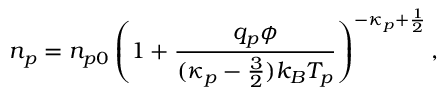
n _ { p } = n _ { p 0 } \left( 1 + \frac { q _ { p } \phi } { ( \kappa _ { p } - \frac { 3 } { 2 } ) k _ { B } T _ { p } } \right) ^ { - \kappa _ { p } + \frac { 1 } { 2 } } ,